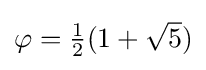
{\textstyle \varphi ={\frac {1}{2}}(1+{\sqrt {5}})}